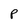
Character: P